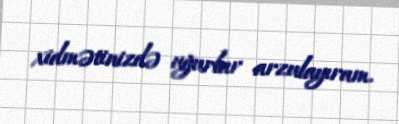
xidmətinizdə uğurlar arzulayıram.